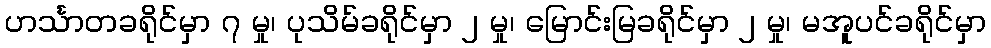
ဟင်္သာတခရိုင်မှာ ၇ မှု၊ ပုသိမ်ခရိုင်မှာ ၂ မှု၊ မြောင်းမြခရိုင်မှာ ၂ မှု၊ မအူပင်ခရိုင်မှာ